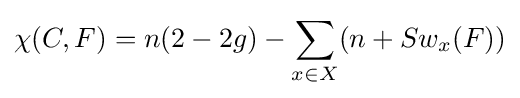
\chi (C,F)=n(2-2g)-\sum _{x\in X}(n+Sw_{x}(F))